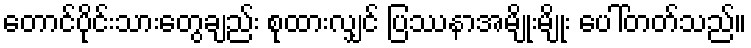
တောင်ပိုင်းသားတွေချည်း စုထားလျှင် ပြဿနာအမျိုးမျိုး ပေါ်တတ်သည်။